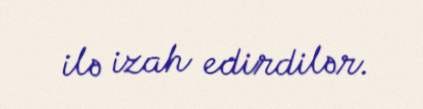
ilə izah edirdilər.